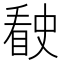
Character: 𰥶